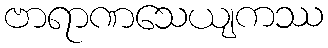
ဗာရာဏသေယျကဿ